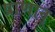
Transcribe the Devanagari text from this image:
प्राणान्